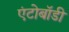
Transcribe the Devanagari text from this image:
एंटोबॉडी